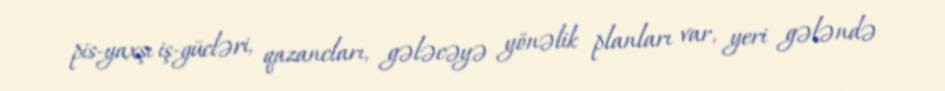
pis-yaxşı iş-gücləri, qazancları, gələcəyə yönəlik planları var, yeri gələndə